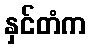
နှင်တံက